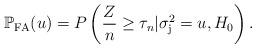
LaTeX: \begin{align*}\mathbb{P}_{\rm FA}(u) = P\left (\frac{Z}{n} \geq \tau_n | \sigma_{\rm j}^2=u, H_0 \right).\end{align*}